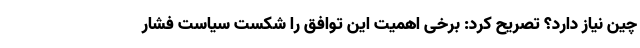
چین نیاز دارد؟ تصریح کرد: برخی اهمیت این توافق را شکست سیاست فشار